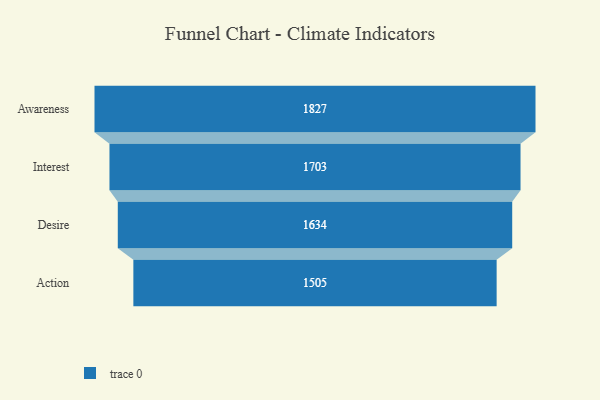
{"axis": {"x": "Stage", "y": "Value"}, "legend": [""], "data": [{"x": "Awareness", "y": 1827.0, "type": ""}, {"x": "Interest", "y": 1703.0, "type": ""}, {"x": "Desire", "y": 1634.0, "type": ""}, {"x": "Action", "y": 1505.0, "type": ""}]}